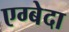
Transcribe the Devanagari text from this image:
एग्बेदा